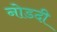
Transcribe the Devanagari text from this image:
नोडदी